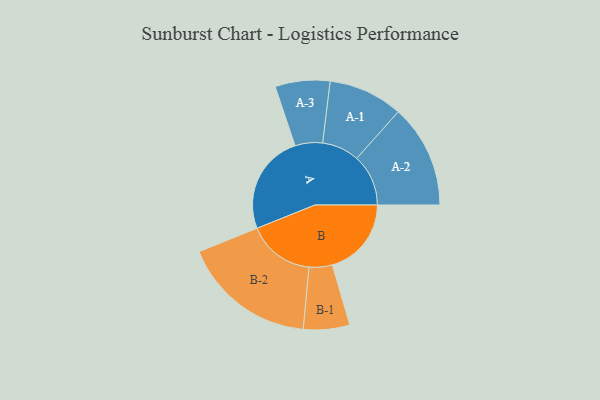
{"axis": {"x": "Segment", "y": "Value"}, "legend": ["", "A", "B"], "data": [{"x": "A", "y": 445, "type": ""}, {"x": "B", "y": 352, "type": ""}, {"x": "A-1", "y": 166, "type": "A"}, {"x": "A-2", "y": 230, "type": "A"}, {"x": "A-3", "y": 122, "type": "A"}, {"x": "B-1", "y": 103, "type": "B"}, {"x": "B-2", "y": 299, "type": "B"}]}